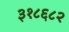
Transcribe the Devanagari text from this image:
३१८६८२